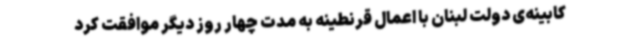
کابینه‌ی دولت لبنان با اعمال قرنطینه به مدت چهار روز دیگر موافقت کرد